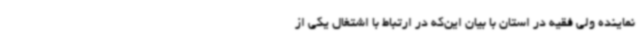
نماینده ولی فقیه در استان با بیان این‌که در ارتباط با اشتغال یکی از